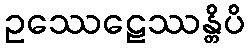
ဥဿေဠေဿန္တိပိ